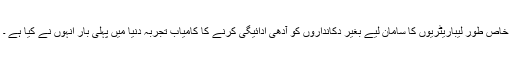
خاص طور لیباریٹریوں کا سامان لیے بغیر دکانداروں کو آدھی ادائیگی کرنے کا کامیاب تجربہ دنیا میں پہلی بار انہوں نے کیا ہے ۔